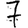
Digit: 7